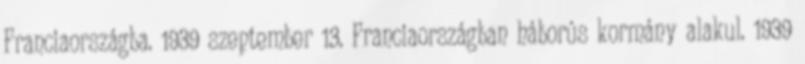
Franciaországba. 1939 szeptember 13. Franciaországban háborús kormány alakul. 1939